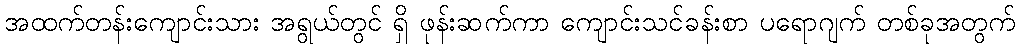
အထက်တန်းကျောင်းသား အရွယ်တွင် ရှိ ဖုန်းဆက်ကာ ကျောင်းသင်ခန်းစာ ပရောဂျက် တစ်ခုအတွက်